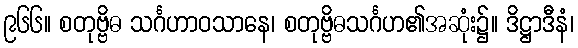
၉၆၆။ စတုဗ္ဗိဓ သင်္ဂဟာဝသာနေ၊ စတုဗ္ဗိဓသင်္ဂဟ၏အဆုံး၌။ ဒိဋ္ဌာဒီနံ၊